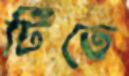
টিতে